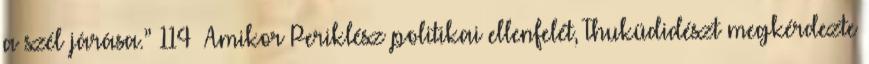
a szél járása.” 114 Amikor Periklész politikai ellenfelét, Thuküdidészt megkérdezte